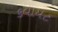
કવાયટ